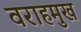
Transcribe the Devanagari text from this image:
वराहमुख